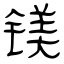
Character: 镁